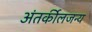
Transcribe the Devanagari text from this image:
अंतर्कीलजन्य